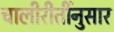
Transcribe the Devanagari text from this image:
चालीरीतींनुसार